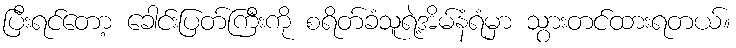
ပြီးရင်တော့ ခေါင်းပြတ်ကြီးကို စရိတ်ခံသူရဲ့အိမ်နံရံမှာ သွားတင်ထားရတယ်။